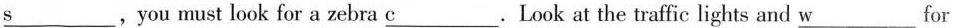
\underline{s},you must look for a zebra\underline{c}.Look at the traffic lights and \underline{w}for